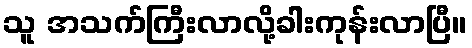
သူ အသက်ကြီးလာလို့ခါးကုန်းလာပြီ။